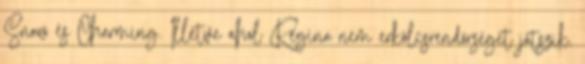
Snow és Charming. Illetve ahol Regina nem erkölcsrendőrséget játszik.